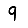
Digit: 9